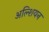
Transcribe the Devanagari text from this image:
अल्शियन